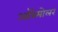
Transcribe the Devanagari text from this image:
ऑस्मोलर